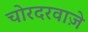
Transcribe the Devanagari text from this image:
चोरदरवाज़े